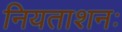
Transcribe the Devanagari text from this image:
नियताशनः